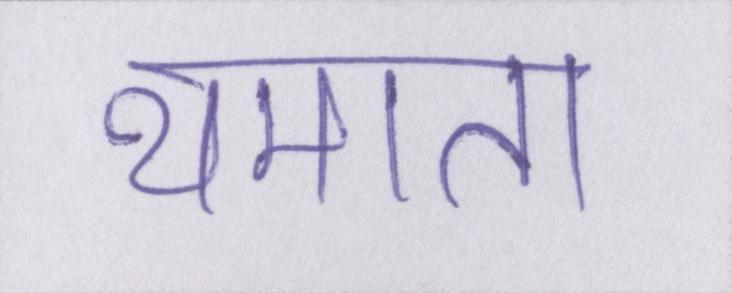
थमाता